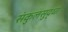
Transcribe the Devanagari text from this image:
संकुलसुद्धा